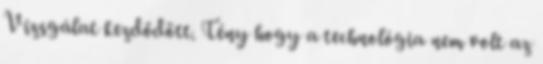
Vizsgálat kezdődött. Tény hogy a technológia nem volt az